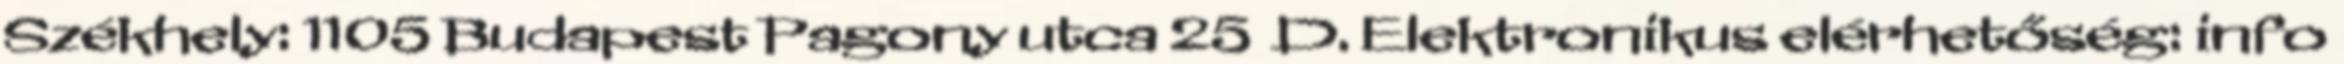
Székhely: 1105 Budapest Pagony utca 25 D. Elektronikus elérhetőség: info